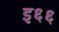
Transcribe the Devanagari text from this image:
इ६६